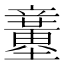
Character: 𥫍